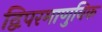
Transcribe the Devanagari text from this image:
द्विपरमाणुविक